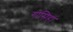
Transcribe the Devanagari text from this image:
गोसिंहा